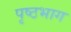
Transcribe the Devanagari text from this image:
पृष्‍ठभाग